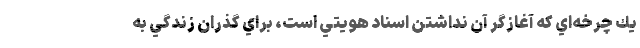
يك چرخه‌اي كه آغازگر آن نداشتن اسناد هويتي است، براي گذران زندگي به